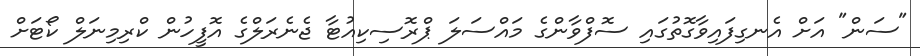
"ސަން" އަށް އެނގިފައިވާގޮތުގައި ސޮފްވާންގެ މައްސަލަ ޕްރޮސިކިއުޓާ ޖެނެރަލްގެ އޮފީހުން ކްރިމިނަލް ކޯޓަށް